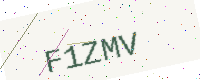
Text: F1ZMV